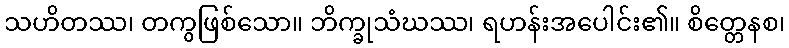
သဟိတဿ၊ တကွဖြစ်သော။ ဘိက္ခုသံဃဿ၊ ရဟန်းအပေါင်း၏။ စိတ္တေနစ၊